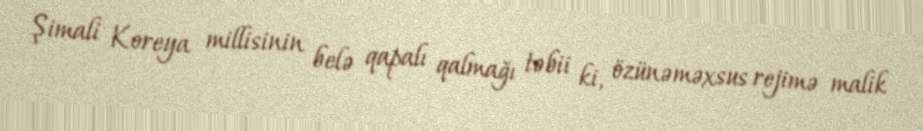
Şimali Koreya millisinin belə qapalı qalmağı təbii ki, özünəməxsus rejimə malik